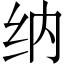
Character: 纳